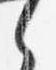
之